Civil Veterinary Department. United Provinces 1932-42 - 1932-1942
Year: 1932
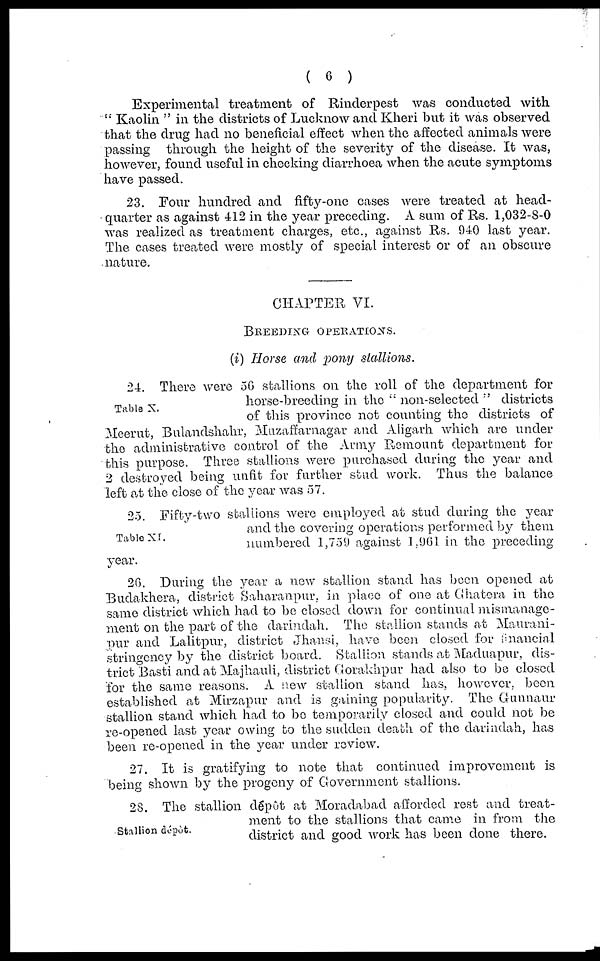
(6)
Experimental treatment of Rinderpest was conducted with
"Kaolin" in the districts of Lucknow and Kheri but it was observed
that the drug had no beneficial effect when the affected animals were
passing through the height of the severity of the disease. It was,
however, found useful in checking diarrhoea when the acute symptoms
have passed.
23. Four hundred and fifty-one cases were treated at head-
quarter as against 412 in the year preceding. A sum of Rs. 1,032-8-0
was realized as treatment charges, etc., against Rs. 940 last year.
The cases treated were mostly of special interest or of an obscure
nature.
CHAPTER VI.
BREEDING OPERATIONS.
(i) Horse and pony stallions.
Table X.
24. There were 50 stallions on the roll of the department for
horse-breeding in the "non-selected" districts
of this province not counting the districts of
Meerut, Bulandshahr, Muzaffarnagar and Aligarh which are under
the administrative control of the Army Remount department for
this purpose. Three stallions were purchased during the year and
2 destroyed being unfit for further stud work. Thus the balance
left at the close of the year was 57.
Table XI.
25. Fifty-two stallions were employed at stud during the year
and the covering operations performed by them
numbered 1,759 against 1.901 in the preceding
year.
20. During the year a new stallion stand has been opened at
Budakhera, district Saharanpur. in place of one at Ghatera in the
same district which had to be closed down for continual mismanage-
ment on the part of the darindah. The stallion stands at Maurani-
pur and Lalitpur, district Jhansi, have been closed for financial
stringency by the district board. Stallion stands at Maduapur, dis-
trict Basti and at Majhauli, district Gorakhpur had also to be closed
for the same reasons. A new stallion stand has, however, been
established at Mirzapur and is gaining popularity. The Gunnaur
stallion stand which had to be temporarily closed and could not be
re-opened last year owing to the sudden death of the darindah, has
been re-opened in the year under review.
27. It is gratifying to note that continued improvement is
being shown by the progeny of Government stallions.
Stallion dépôt.
28. The stallion depot at Moradabad afforded rest and treat-
ment to the stallions that came in from the
district and good work has been done there.